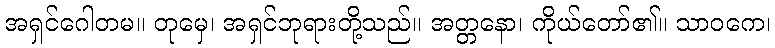
အရှင်ဂေါတမ။ တုမှေ၊ အရှင်ဘုရားတို့သည်။ အတ္တနော၊ ကိုယ်တော်၏။ သာဝကေ၊